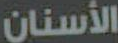
الأسنان